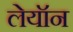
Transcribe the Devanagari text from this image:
लेयॉन